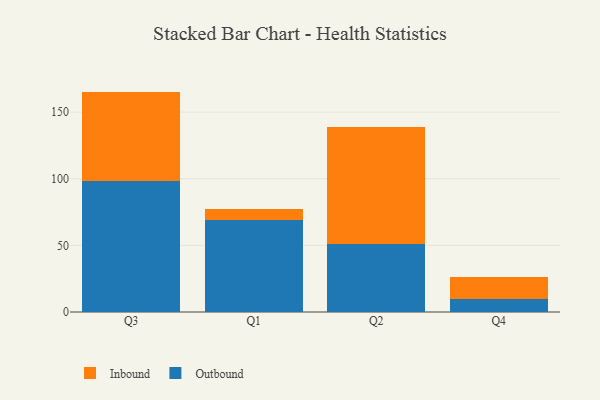
{"axis": {"x": "Quarter", "y": "Customer Acquisition Cost (USD)"}, "legend": ["Inbound", "Outbound"], "data": [{"x": "Q3", "y": 98.6, "type": "Outbound"}, {"x": "Q3", "y": 66.8, "type": "Inbound"}, {"x": "Q1", "y": 68.8, "type": "Outbound"}, {"x": "Q1", "y": 8.5, "type": "Inbound"}, {"x": "Q2", "y": 50.8, "type": "Outbound"}, {"x": "Q2", "y": 88.1, "type": "Inbound"}, {"x": "Q4", "y": 9.7, "type": "Outbound"}, {"x": "Q4", "y": 16.4, "type": "Inbound"}]}